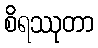
စိရဿုတာ